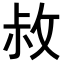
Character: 𭣬